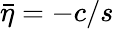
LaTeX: \bar{\eta}=-c/s